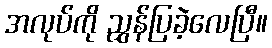
အလုပ်ကို ညွှန်ပြခဲ့လေပြီ။